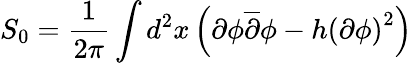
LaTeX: S_{0}=\frac{1}{2\pi}\int d^{2}x\left(\partial\phi\overline{{{\partial}}}\phi-h\left(\partial\phi\right)^{2}\right)